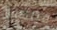
فيلكس